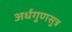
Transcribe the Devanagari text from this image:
अर्धगुणसूत्र